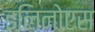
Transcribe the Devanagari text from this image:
इलिनोएस